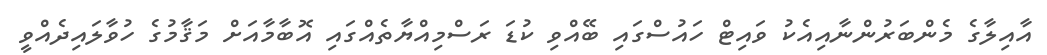
އާއިލާގެ މެންބަރުންނާއިއެކު ވައިޓް ހައުސްގައި ބޭއްވި ކުޑަ ރަސްމިއްޔާތެއްގައި އޮބާމާއަށް މަޤާމުގެ ހުވާލައިދެއްވީ